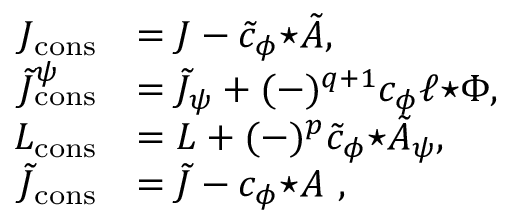
\begin{array} { r l } { J _ { \mathrm { c o n s } } } & { = J - \tilde { c } _ { \phi } { \star \tilde { A } } , } \\ { \tilde { J } _ { \mathrm { c o n s } } ^ { \psi } } & { = \tilde { J } _ { \psi } + ( - ) ^ { q + 1 } c _ { \phi } \ell { \star \Phi } , } \\ { L _ { \mathrm { c o n s } } } & { = L + ( - ) ^ { p } \tilde { c } _ { \phi } { \star \tilde { A } _ { \psi } } , } \\ { \tilde { J } _ { \mathrm { c o n s } } } & { = \tilde { J } - c _ { \phi } { \star A } ~ , } \end{array}